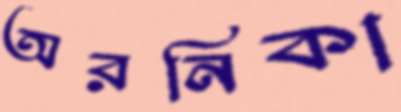
অরনিকা